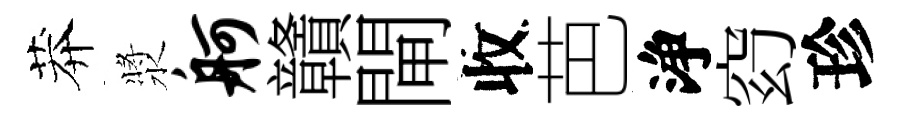
莽漿舸贛閘收芭浄𥥆珍